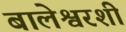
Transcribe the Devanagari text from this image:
बालेश्वरशी